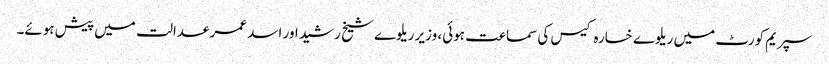
سپریم کورٹ میں ریلوے خسارہ کیس کی سماعت ہوئی، وزیر ریلوے شیخ رشید اور اسد عمر عدالت میں پیش ہوئے۔